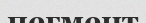
пегмент